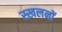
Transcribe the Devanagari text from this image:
स्खलनों